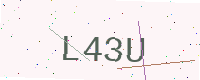
Text: L43U